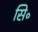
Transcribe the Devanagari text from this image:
सि॰